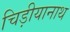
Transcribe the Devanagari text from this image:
चिड़ीयानाथ